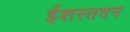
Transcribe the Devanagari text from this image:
ईशस्तवन